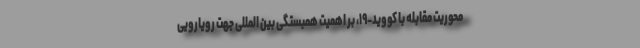
محوریت مقابله با کووید-۱۹، بر اهمیت همبستگی بین المللی جهت رویارویی